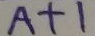
A + 1